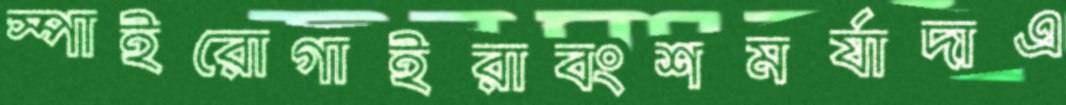
স্পাইরোগাইরাবংশমর্যাদাএ